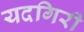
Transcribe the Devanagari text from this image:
यदगिरी